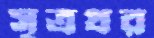
সূত্রধর